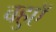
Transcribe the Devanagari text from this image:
बहुएॅ